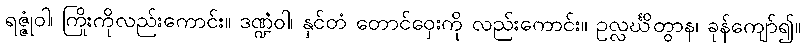
ရဇ္ဇုံဝါ၊ ကြိုးကိုလည်းကောင်း။ ဒဏ္ဍံဝါ၊ နှင်တံ တောင်ဝှေးကို လည်းကောင်း။ ဥလ္လင်္ဃိတွာန၊ ခုန်ကျော်၍။